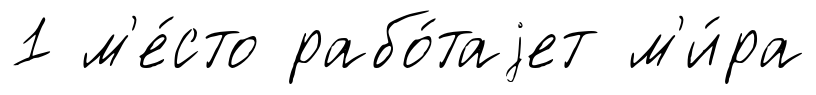
1 м'е́сто рабо́таjет м'и́ра